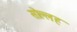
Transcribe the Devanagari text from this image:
सोल्लह